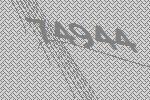
74944